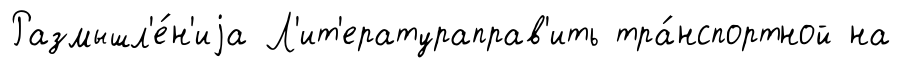
Размышл'е́н'иjа Л'ит'ератураправ'ить тра́нспортной на